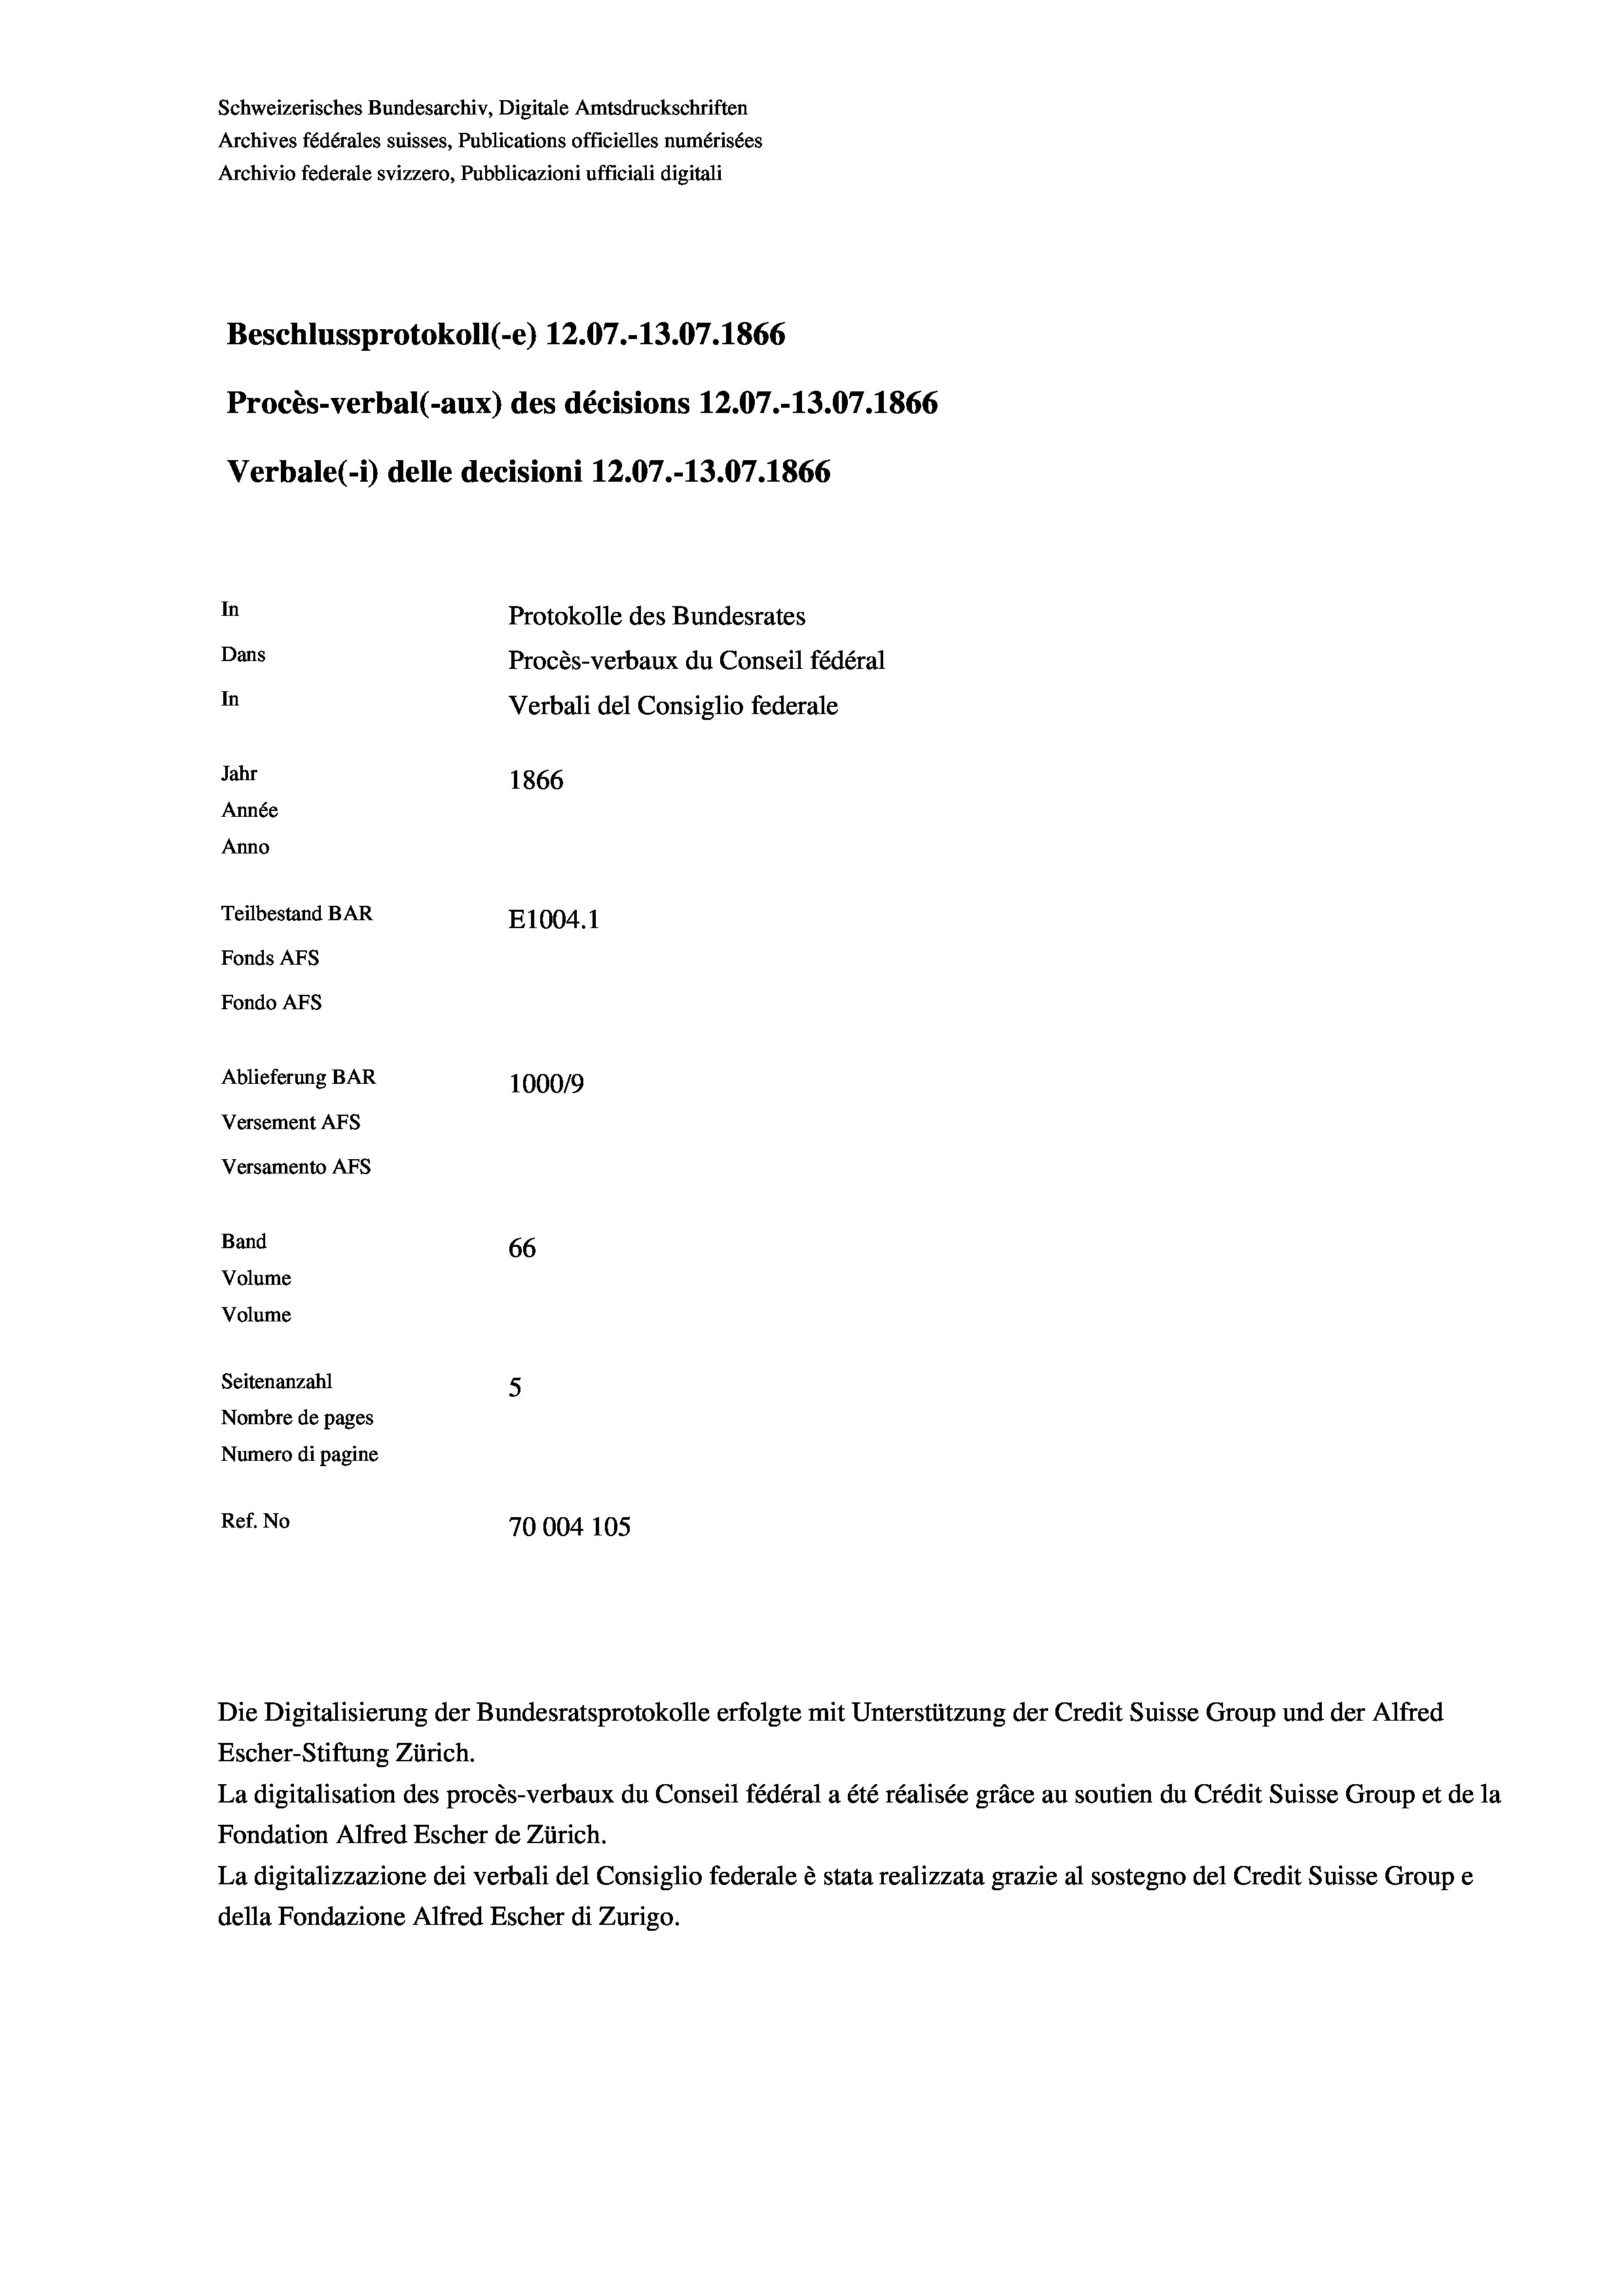
Schweizerisches Bundesarchiv, Digitale Amtsdruckschriften
Archives fédérales suisses, Publications officielles numérisées
Archivio federale svizzero, Pubblicazioni ufficiali digitali
Beschlussprotokoll (-e) 12.07.-13.07. 1866
Procès-verbal (-aux) des décisions 12.07.-13.07. 1866
Verbale(-*) delle decisioni 12.07.-13.07. 1866
In
Protokolle des Bundesrates
Dans
Procès-verbaux du Conseil fédéral
In
Verbali del Consiglio federale
Jahr
1866
Année
Anno
Teilbestand BAR
E1004. 1
Fonds AFs
Fondo AFS
Ablieferung BAR
100019
Versement AFs

Versamento Afs
Band
Volume
Volume

66
Seitenanzahl
5
Nombre de pages
Numero di pagine
Ref. No
70004 105

Escher-Stiftung Zürich.
La digitalisation des procès-verbaux du Conseil fédéral a été réalisée gräce au soutien du Crédit Suisse Group et de la
Fondation Alfred Escher de Zürich.
La digitalizzazione dei verbali del Consiglio federale è stata realizzata grazie al sostegno del Credit Suisse Groupe
della Fondazione Alfred Escher di Zurigo.

Die Digitalisierung der Bundesratsprotokolle erfolgte mit Unterstützung der Credit Suisse Group und der Alfred